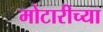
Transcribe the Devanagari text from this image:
मोटारीच्या